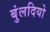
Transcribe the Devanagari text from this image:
बुंलदियो